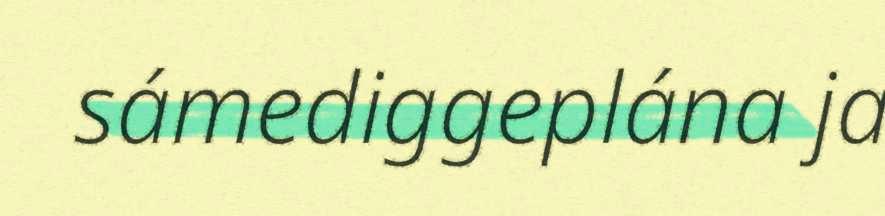
sámediggeplána ja